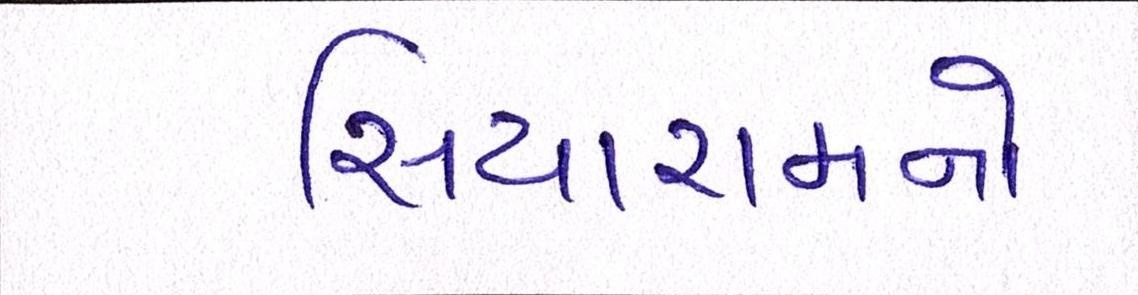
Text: સિયારામનો